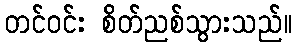
တင်ဝင်း စိတ်ညစ်သွားသည်။